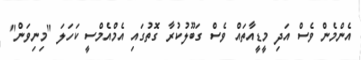
އެންމެން ވެސް އަދި މީޑީއާތައް ވެސް ގަބޫލުކުރާ ގޮތުގައި އެމްއެމްސީ ކަހަލަ "މިނިވަން"